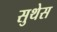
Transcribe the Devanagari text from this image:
सुथेस